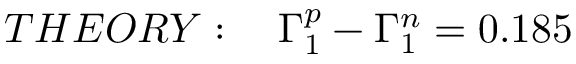
T H E O R Y : ~ ~ ~ \Gamma _ { 1 } ^ { p } - \Gamma _ { 1 } ^ { n } = 0 . 1 8 5